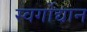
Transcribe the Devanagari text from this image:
स्वर्गोद्यान